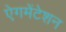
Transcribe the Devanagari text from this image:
ऐगमेंटेशन